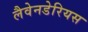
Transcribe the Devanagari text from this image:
लैवेनडेरियस